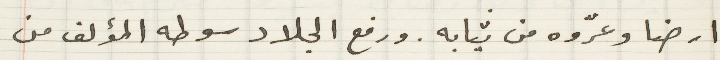
ارضا وعرّوه من ثيابه. ورفع الجلاد سوطه المؤلف من